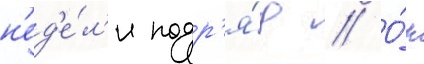
н'ед'е́л'и подр'я́д // О́н